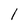
Character: 1